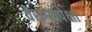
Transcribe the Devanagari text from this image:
वैराग्यापेक्षा